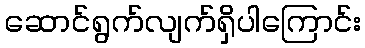
ဆောင်ရွက်လျက်ရှိပါကြောင်း